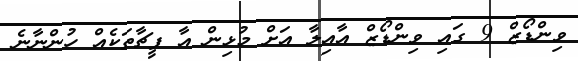
ވިންޑޯޒް 9 ގައި ވިންޑޯޒް އާއިލާ އަށް މުޅިން އާ ފީޗާތަކެއް ހުންނާނެ